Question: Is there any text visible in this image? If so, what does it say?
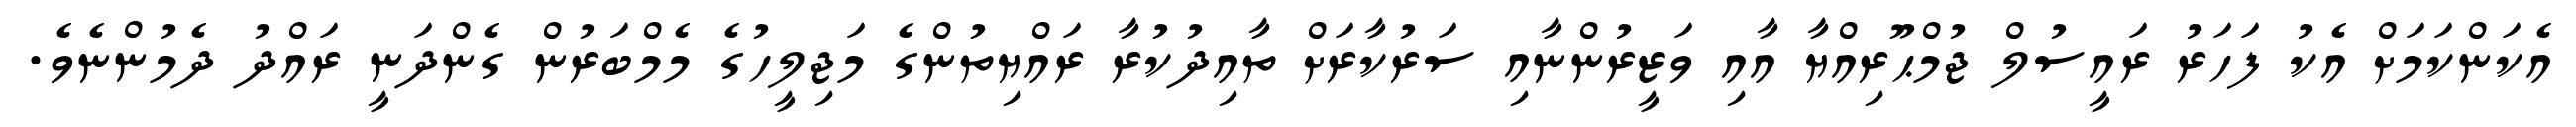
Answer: އެކަންކަމަށް އެކު ފަހަރު ރައީސުލް ޖުމްޙޫރިއްޔާ އާއި ވަޒީރުންނާއި ސަރުކާރަށް ތާއިދުކުރާ ރައްޔިތުންގެ މަޖިލީހުގެ މެމްބަރުން ގެންދަނީ ރައްދު ދެމުންނެވެ.